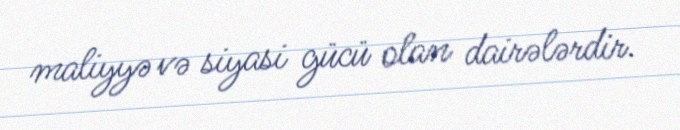
maliyyə və siyasi gücü olan dairələrdir.